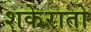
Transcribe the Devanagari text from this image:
शकेरातो